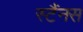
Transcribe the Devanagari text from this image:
स्टैंनस